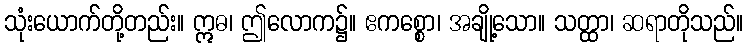
သုံးယောက်တို့တည်း။ ဣဓ၊ ဤလောက၌။ ဧကစ္စော၊ အချို့သော။ သတ္ထာ၊ ဆရာတိုသည်။